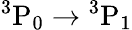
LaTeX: \mathrm{{}^{3}P_{0}\rightarrow{}^{3}P_{1}}